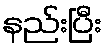
နည်းပြီး